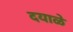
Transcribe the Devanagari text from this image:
दयाळे